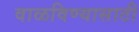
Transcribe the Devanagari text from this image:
वाळविण्यासाठी